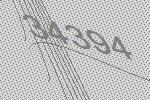
34394